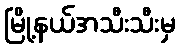
မြို့နယ်အသီးသီးမှ